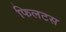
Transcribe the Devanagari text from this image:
फिलटस